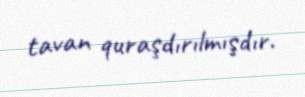
tavan quraşdırılmışdır.